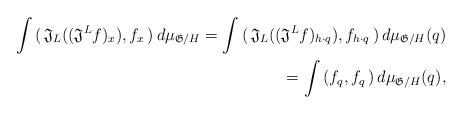
LaTeX: \begin{align*}\int \, (\, \mathfrak{J}_L ((\mathfrak{J}^L f)_x ), f_x \,) \, d\mu_{\mathfrak{G}/H} = \int \, (\, \mathfrak{J}_L ((\mathfrak{J}^L f)_{h\cdot q} ), f_{h\cdot q} \,) \, d\mu_{\mathfrak{G}/H}(q) \\=\int \, (f_q , f_q \,) \, d\mu_{\mathfrak{G}/H}(q),\end{align*}